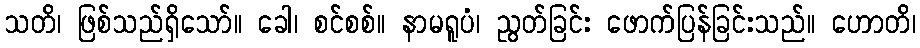
သတိ၊ ဖြစ်သည်ရှိသော်။ ခေါ၊ စင်စစ်။ နာမရူပံ၊ ညွတ်ခြင်း ဖောက်ပြန်ခြင်းသည်။ ဟောတိ၊